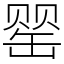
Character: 罂